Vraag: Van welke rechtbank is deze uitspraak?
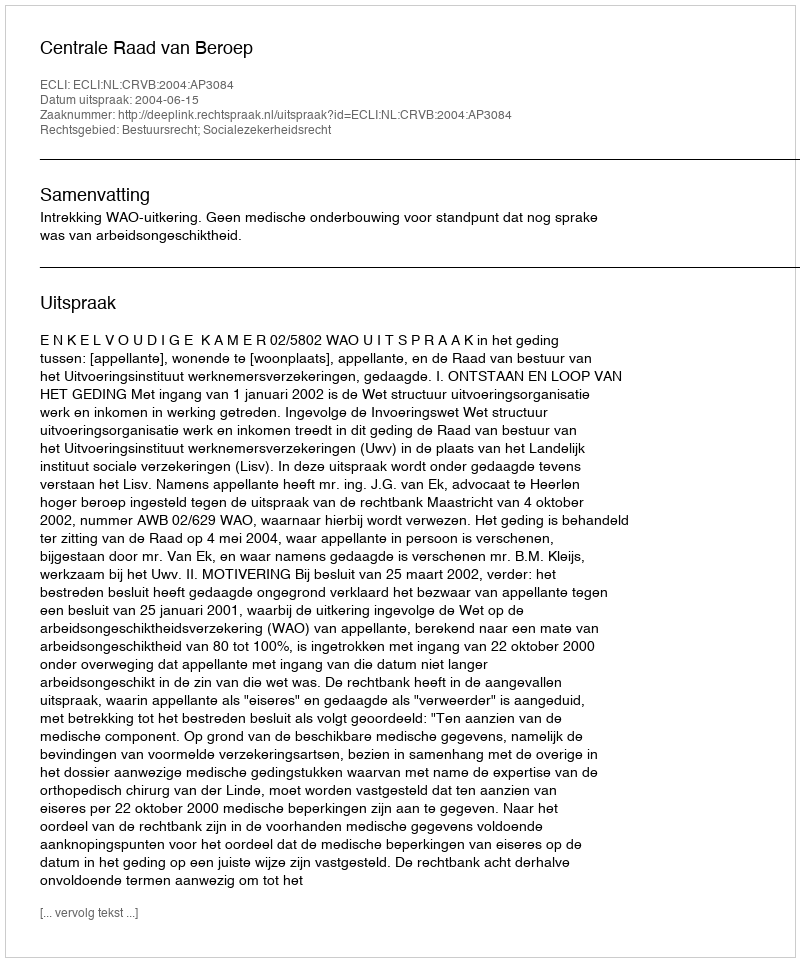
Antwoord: Centrale Raad van Beroep